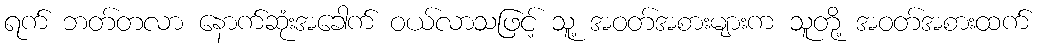
ရက် ဘတ်တလာ နောက်ဆုံးအခေါက် ဝယ်လာသဖြင့် သူ့ အဝတ်အစားများက သူတို့ အဝတ်အစားထက်